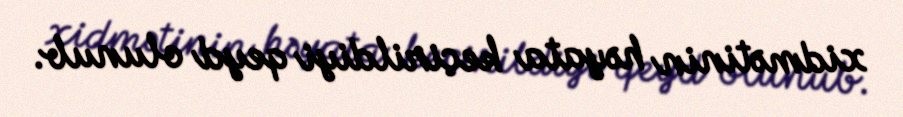
xidmətinin həyata keçirildiyi qeyd olunub.